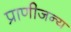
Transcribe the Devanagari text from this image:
प्राणीजन्य